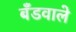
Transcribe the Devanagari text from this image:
बँडवाले